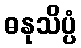
ဓနုသိပ္ပံ